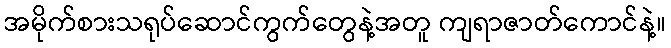
အမိုက်စားသရုပ်ဆောင်ကွက်တွေနဲ့အတူ ကျရာဇာတ်ကောင်နဲ့။